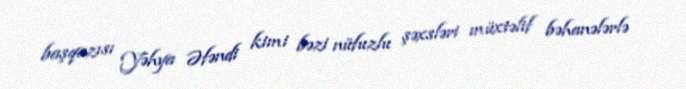
başqazısı Yəhya Əfəndi kimi bəzi nüfuzlu şəxsləri müxtəlif bəhanələrlə